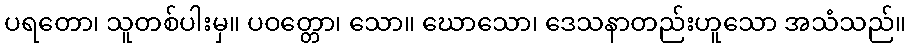
ပရတော၊ သူတစ်ပါးမှ။ ပဝတ္တော၊ သော။ ဃောသော၊ ဒေသနာတည်းဟူသော အသံသည်။